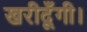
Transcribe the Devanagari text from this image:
खरीदूँगी।